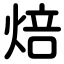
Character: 焙